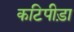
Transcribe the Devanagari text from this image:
कटिपीड़ा